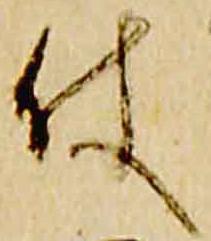
使